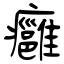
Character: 癰